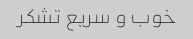
خوب و سریع تشکر